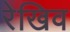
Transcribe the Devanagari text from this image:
रेखिव